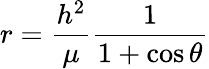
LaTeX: r={\frac{h^{2}}{\mu}}{\frac{1}{1+\cos\theta}}